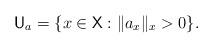
LaTeX: \begin{align*} \mathsf U_a = \{ x \in \mathsf X : \| a_x \|_x > 0 \}. \end{align*}